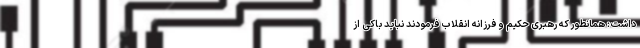
داشت: همانطور که رهبری حکیم و فرزانه انقلاب فرمودند نباید باکی از